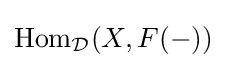
{\text{Hom}}_{\mathcal {D}}(X,F(-))